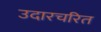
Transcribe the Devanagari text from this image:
उदारचरित